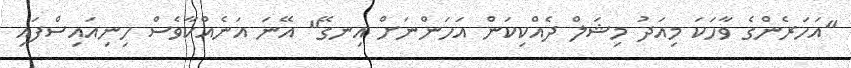
"އަހަރެންގެ ވާހަކަ މިއަދު މިޝަލް ދެއްކިކަން އަހަންނަށް އިނގޭ" އޭނަ އަނެއްކާވެސް ހިނިއައިސްފައި